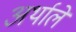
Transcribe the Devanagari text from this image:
अर्थाले